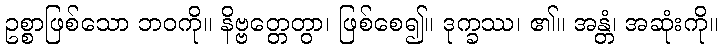
ဥစ္စာဖြစ်သော ဘဝကို။ နိဗ္ဗတ္တေတွာ၊ ဖြစ်စေ၍။ ဒုက္ခဿ၊ ၏။ အန္တံ၊ အဆုံးကို။